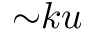
{ \sim } k u